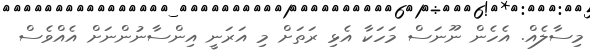
މިސާލެއް. އެހެން ނޫނަސް މަހަކާ އެޅި ރަތަށް މި އަރަނީ އިންސާނުންނަށް އެއްވެސް